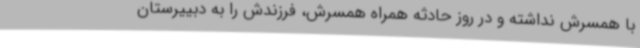
با همسرش نداشته و در روز حادثه همراه همسرش، فرزندش را به دبییرستان